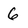
Character: 6